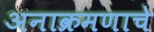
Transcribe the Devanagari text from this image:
अनाक्रमणाचे